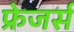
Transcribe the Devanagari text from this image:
फ्रेजर्स